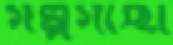
গল্পগাছা